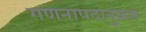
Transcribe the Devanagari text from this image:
गणनापदानुक्रम